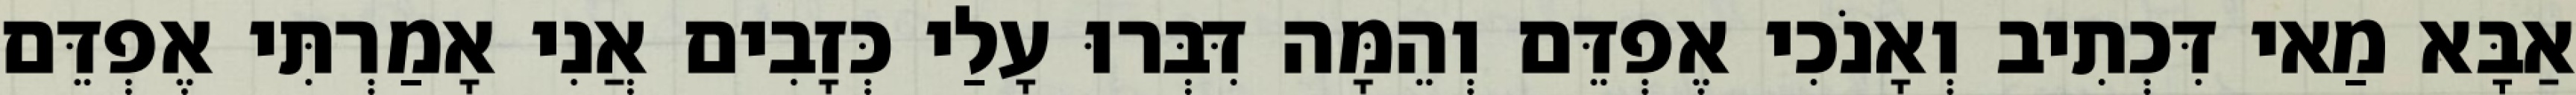
אַבָּא מַאי דִּכְתִיב וְאָנֹכִי אֶפְדֵּם וְהֵמָּה דִּבְּרוּ עָלַי כְּזָבִים אֲנִי אָמַרְתִּי אֶפְדֵּם